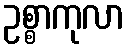
ဥစ္စာကုလာ